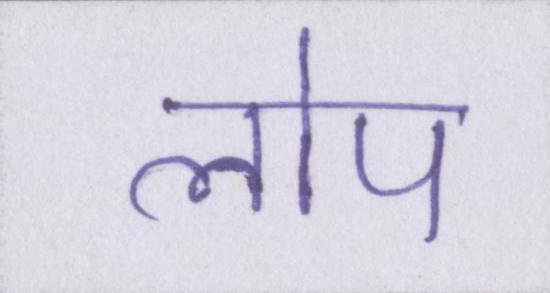
लोप